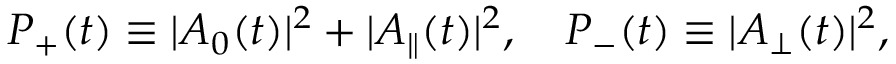
P _ { + } ( t ) \equiv | A _ { 0 } ( t ) | ^ { 2 } + | A _ { \| } ( t ) | ^ { 2 } , \quad P _ { - } ( t ) \equiv | A _ { \perp } ( t ) | ^ { 2 } ,